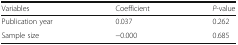
| Variables | Coefficient | P-value |
 | --- | --- | --- |
 | Publication year | 0.037 | 0.262 |
 | Sample size | −0.000 | 0.685 |